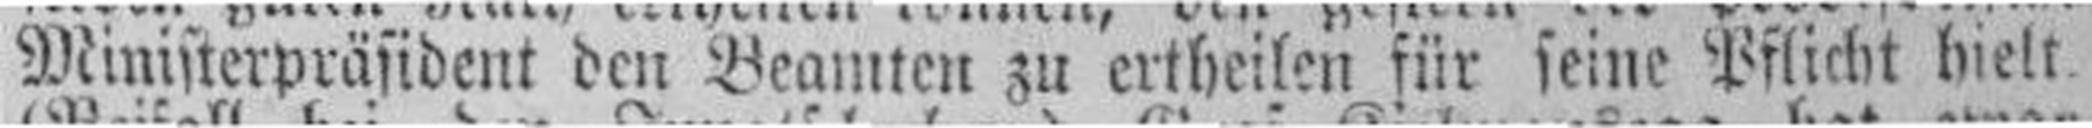
Ministerpräsident den Beamten zu ertheilen für seine Pflicht hielt